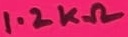
Text: 1.2KΩ